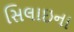
સિલાઇના